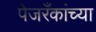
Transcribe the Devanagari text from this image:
पेजरँकांच्या